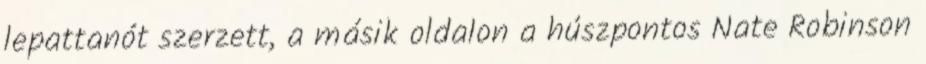
lepattanót szerzett, a másik oldalon a húszpontos Nate Robinson